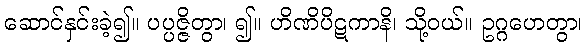
ဆောင်နှင်းခဲ့၍။ ပပ္ပဇ္ဇိတွာ၊ ၍။ ဟိဏိပိဋကာနိ၊ သို့ဝယ်။ ဥဂ္ဂဟေတွာ၊